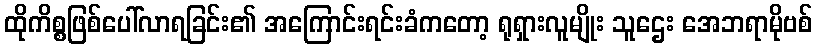
ထိုကိစ္စဖြစ်ပေါ်လာရခြင်း၏ အကြောင်းရင်းခံကတော့ ရုရှားလူမျိုး သူဌေး အေဘရာမိုဗစ်